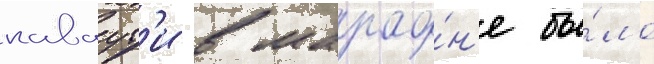
каваут'и в марафо́н'е бы́ло